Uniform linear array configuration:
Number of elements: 12
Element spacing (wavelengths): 0.5
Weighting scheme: hamming
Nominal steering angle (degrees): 0
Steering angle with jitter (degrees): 1.419
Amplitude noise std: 0.05
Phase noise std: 0.05

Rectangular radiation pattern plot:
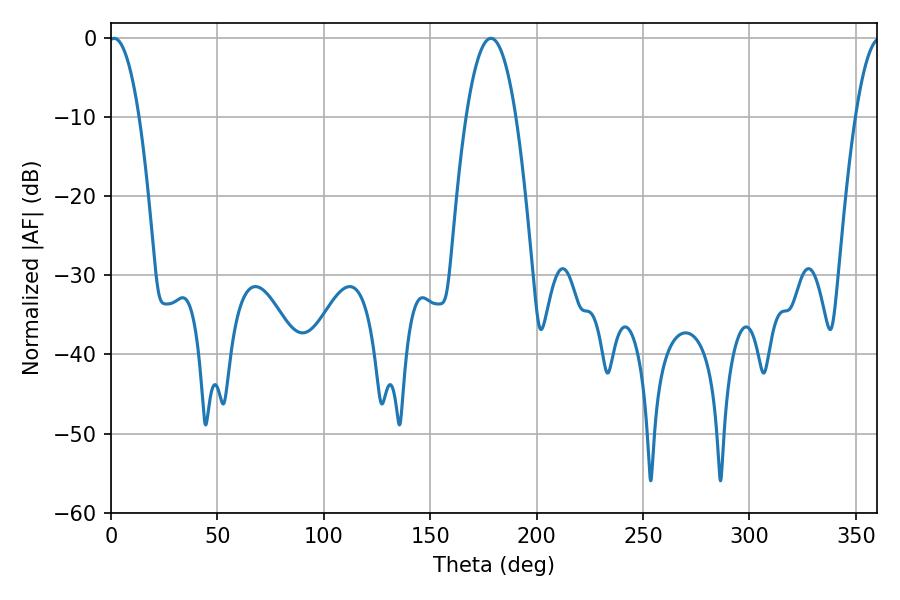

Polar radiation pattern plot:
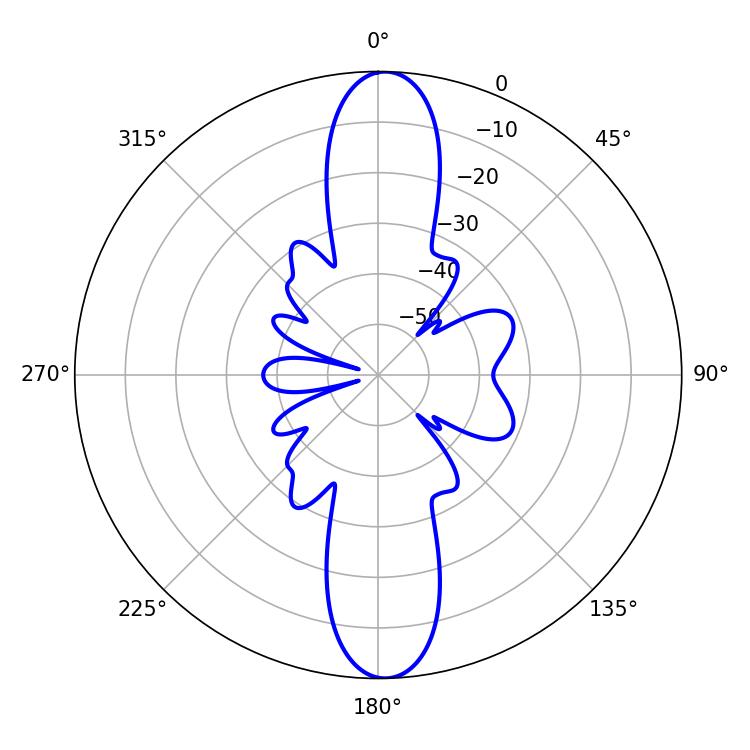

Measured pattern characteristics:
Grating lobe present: FALSE
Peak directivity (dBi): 22.046
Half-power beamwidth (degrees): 7.92
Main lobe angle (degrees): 1.44